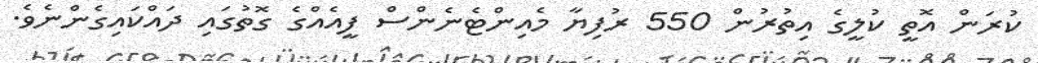
ކުރަން އޮތީ ކުލީގެ އިތުރުން 550 ރުފިޔާ މެއިންޓެނެންސް ފީއެއްގެ ގޮތުގައި ދައްކައިގެންނެވެ.